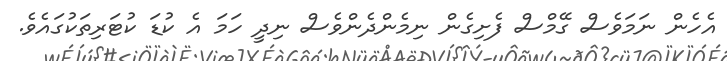
އެހެން ނަމަވެސް ގޭމްސް ފެށިގެން ނިމެންދެންވެސް ނިދީ ހަމަ އެ ކުޑަ ކުޓަރިތަކުގައެވެ.